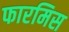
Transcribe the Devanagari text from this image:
फारमिस